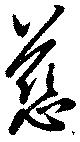
慈